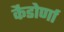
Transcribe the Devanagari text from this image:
कैडोर्णा